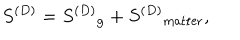
LaTeX: S ^ { ( D ) } = { S ^ { ( D ) } } _ { \mathrm { g } } + { S ^ { ( D ) } } _ { \mathrm { m a t t e r } } ,